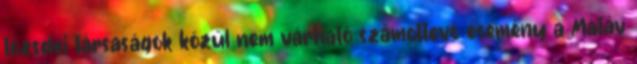
tőzsdei társaságok közül nem várható számottevő esemény a Matáv